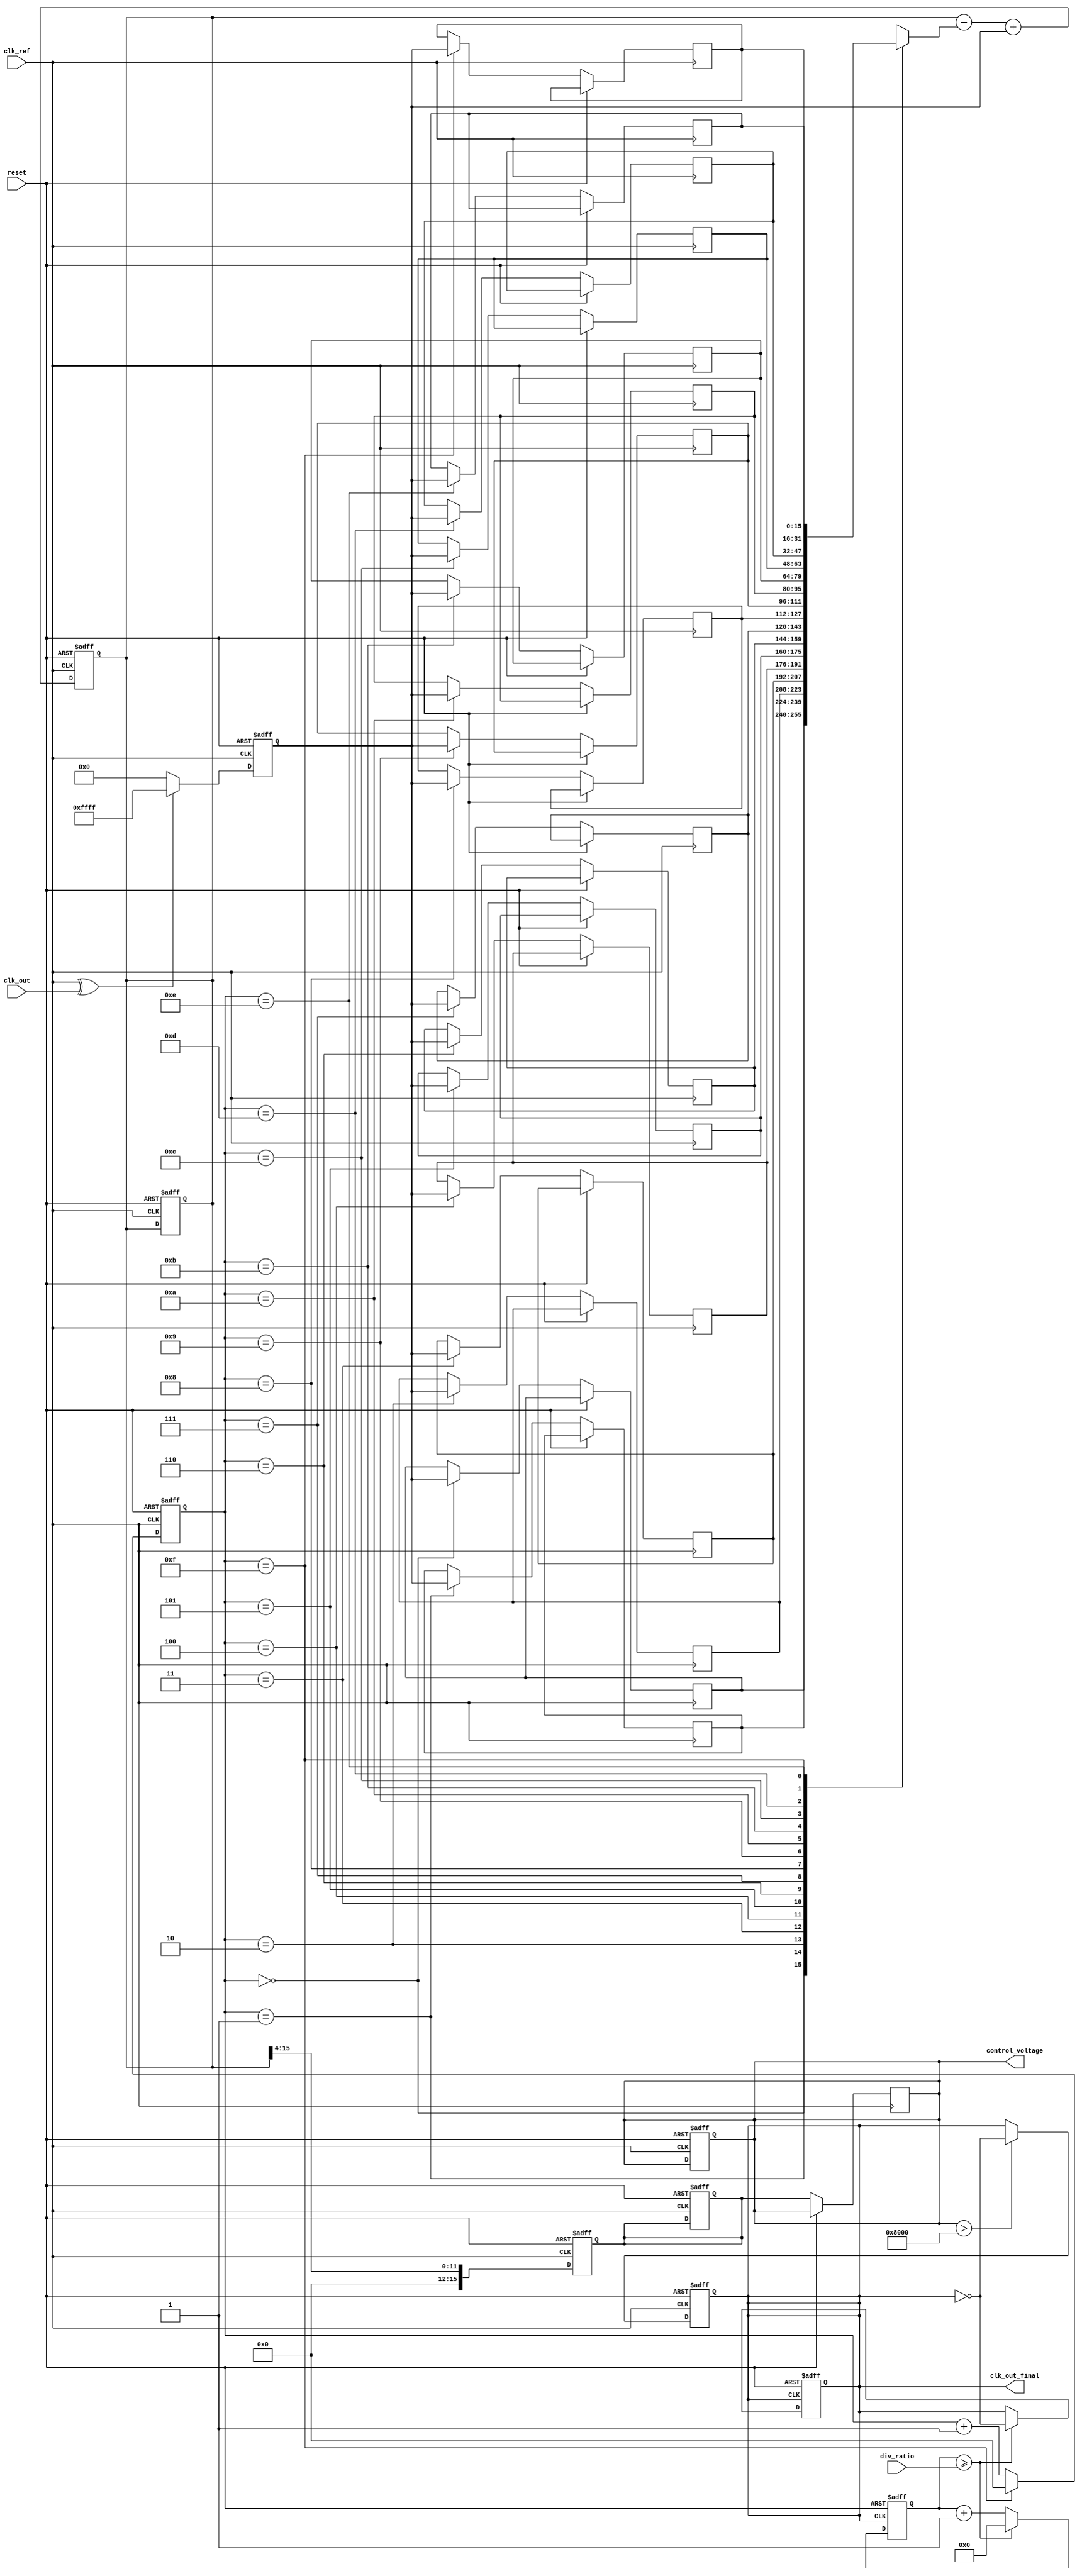
module PLL(
    input wire clk_ref,            // Reference clock
    input wire clk_out,            // Output clock
    input wire reset,              // Reset signal
    input wire [7:0] div_ratio,    // Division ratio for output clock
    output reg clk_out_final,       // Final output clock after division
    output reg [15:0] control_voltage // Control voltage for the VCO
);

    // Internal signals
    reg [15:0] phase_error;        // Phase error signal
    reg [15:0] memory_block [0:15]; // Memory block to store phase errors
    reg [3:0] mem_index;           // Index for the memory block
    reg [15:0] filtered_error;      // Filtered phase error (from loop filter)
    reg [15:0] sum_errors;         // Accumulated errors for averaging

    // Phase Detector (PD)
    always @ (posedge clk_ref or posedge reset) begin
        if (reset) begin
            phase_error <= 0;
        end else begin
            phase_error <= (clk_ref ^ clk_out) ? 16'hFFFF : 16'h0000; // Simple XOR for phase comparison
        end
    end

    // Memory Block and Filtering
    always @ (posedge clk_ref or posedge reset) begin
        if (reset) begin
            mem_index <= 0;
            sum_errors <= 0;
            filtered_error <= 0;
            control_voltage <= 0;
        end else begin
            // Store the phase error in memory (FIFO behavior)
            memory_block[mem_index] <= phase_error;
            mem_index <= mem_index + 1;
            if (mem_index == 15) begin
                mem_index <= 0;
            end
        end
    end

    // Loop Filter (Simple average for this example)
    always @ (posedge clk_ref or posedge reset) begin
        if (reset) begin
            sum_errors <= 0;
            filtered_error <= 0;
        end else begin
            sum_errors <= sum_errors - memory_block[mem_index] + phase_error;
            filtered_error <= sum_errors >> 4; // Simple average (4 samples)
            control_voltage <= filtered_error; // Update control voltage from filtered error
        end
    end

    // Voltage-Controlled Oscillator (VCO) - simplistic representation
    always @ (posedge clk_ref or posedge reset) begin
        if (reset) begin
            clk_out_final <= 0;
        end else begin
            // Control frequency (for simplicity, can be adjusted in a real VCO)
            // Here we assume a frequency correlation with control_voltage (for educational purposes)
            if(control_voltage > 16'h8000) begin // Control threshold example
                clk_out_final <= ~clk_out_final; // Change the output clock state
            end
        end
    end

    // Divider Logic (for the final output clock generation)
    reg [7:0] clk_div_count; 
    always @(posedge clk_out_final or posedge reset) begin
        if (reset) begin
            clk_div_count <= 0;
            clk_out_final <= 0;
        end else begin
            if (clk_div_count >= div_ratio) begin
                clk_div_count <= 0;
                clk_out_final <= ~clk_out_final; // Toggle final clock output
            end else begin
                clk_div_count <= clk_div_count + 1;
            end
        end
    end

endmodule